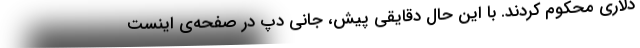
دلاری محکوم کردند. با این حال دقایقی پیش، جانی دپ در صفحه‌ی اینست